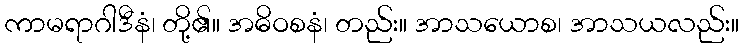
ကာမရာဂါဒီနံ၊ တို့၏။ အဓိဝစနံ၊ တည်း။ အာသယောစ၊ အာသယလည်း။